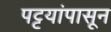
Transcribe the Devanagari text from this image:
पट्टयांपासून